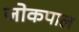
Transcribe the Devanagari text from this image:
जोकपाल